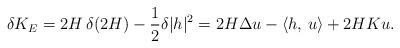
LaTeX: \begin{align*}\delta K_E = 2H\,\delta(2H) - \frac{1}{2}\delta|h|^2 = 2H\Delta u - \langle h,\,u\rangle + 2HKu.\end{align*}